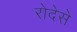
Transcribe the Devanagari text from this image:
रोदेसे